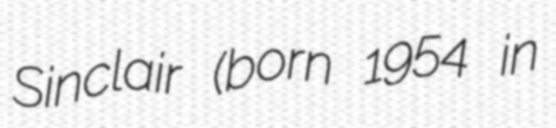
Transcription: Sinclair (born 1954 in